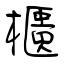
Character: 櫃